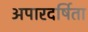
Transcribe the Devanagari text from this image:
अपारदर्षिता